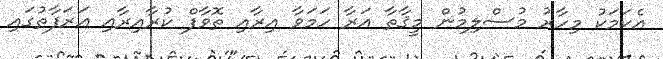
އެކަމަކު މިހާރު މުސްލިމުން މީޤާތާ އަރާ ހަމަވާ އިރާއި ތޮވާފް ކުރާއިރާއި ޢަރަފާތުގައި